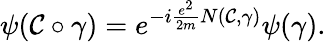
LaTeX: \psi({\cal\mathcal{C}}\circ\gamma)=e^{-i\frac{{e^{2}}}{{2m}}N({\cal\mathcal{C}},\gamma)}\psi(\gamma).